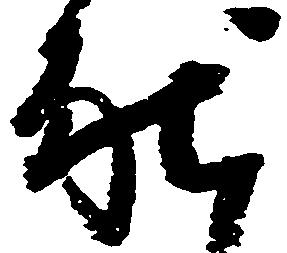
献